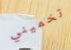
تخميني